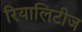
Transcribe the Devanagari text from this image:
रियालिटीज